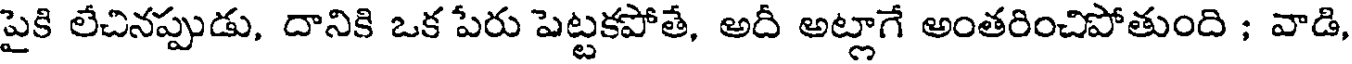
పైకి లేచినప్పుడు, దానికి ఒక పేరు పెట్టకపోతే, అదీ అట్లాగే అంతరించిపోతుంది ; వాడి